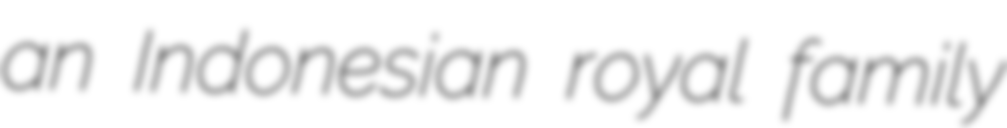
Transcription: an Indonesian royal family